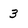
Character: 3